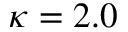
\kappa = 2 . 0